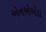
એનએએલ